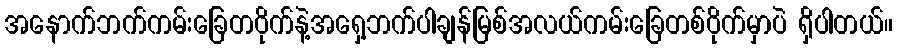
အနောက်ဘက်ကမ်းခြေတဝိုက်နဲ့အရှေ့ဘက်ပါချန်မြစ်အလယ်ကမ်းခြေတစ်ဝိုက်မှာပဲ ရှိပါတယ်။